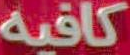
كافيه